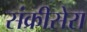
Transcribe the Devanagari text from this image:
संक्रीसेरा